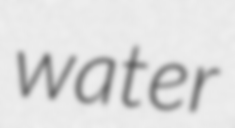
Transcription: water